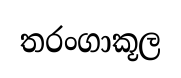
තරංගාකූල